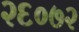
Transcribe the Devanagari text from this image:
२६०७२